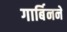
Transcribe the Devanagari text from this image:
गार्बिनने